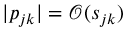
| p _ { j k } | = \mathcal O ( s _ { j k } )